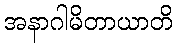
အနာဂါမိတာယာတိ